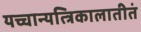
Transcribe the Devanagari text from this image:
यच्चान्यत्त्रिकालातीतं